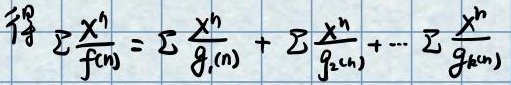
\[ \text{若} \sum \frac{x^n}{f(n)} = \sum \frac{x^n}{g_1(n)} + \sum \frac{x^n}{g_2(n)} + \cdots \sum \frac{x^n}{g_k(n)} \]